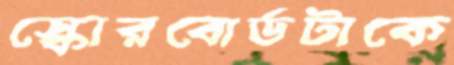
স্কোরবোর্ডটাকে